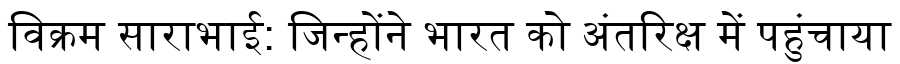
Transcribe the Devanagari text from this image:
विक्रम साराभाई: जिन्होंने भारत को अंतरिक्ष में पहुंचाया